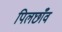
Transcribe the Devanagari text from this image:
पिलछाँव